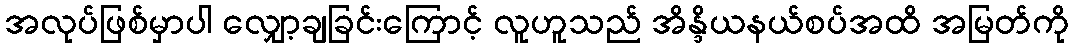
အလုပ်ဖြစ်မှာပါ လျှော့ချခြင်းကြောင့် လူဟူသည် အိန္ဒိယနယ်စပ်အထိ အမြတ်ကို